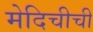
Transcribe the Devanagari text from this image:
मेदिचीची